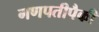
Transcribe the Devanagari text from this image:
गणपतीपैकी